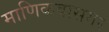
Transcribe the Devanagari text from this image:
माणिकवासगर